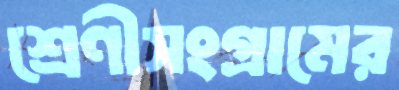
শ্রেণীসংগ্রামের